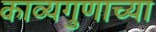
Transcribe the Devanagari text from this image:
काव्यगुणाच्या